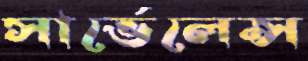
সার্ভেলেন্স